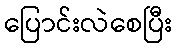
ပြောင်းလဲစေပြီး